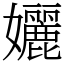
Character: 孋